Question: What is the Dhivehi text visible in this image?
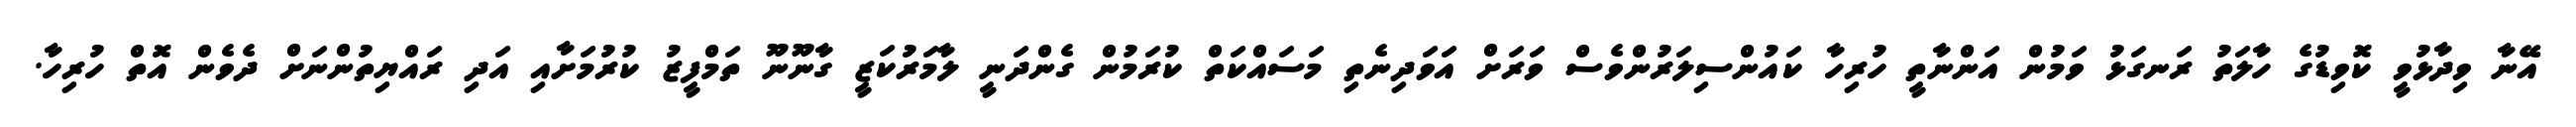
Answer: އޭނާ ވިދާޅުވީ ކޮވިޑުގެ ހާލަތު ރަނގަޅު ވަމުން އަންނާތީ ހުރިހާ ކައުންސިލަރުންވެސް ވަރަށް އަވަދިނެތި މަސައްކަތް ކުރަމުން ގެންދަނީ ލާމަރުކަޒީ ގާނޫނޫ ތަމްފީޒު ކުރުމަށާއި އަދި ރައްޔިތުންނަށް ދެވެން އޮތް ހުރިހާ.